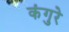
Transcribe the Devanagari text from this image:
कंगुरे